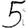
Digit: 5